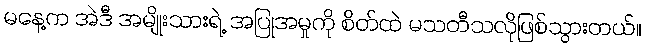
မနေ့က အဲဒီ အမျိုးသားရဲ့ အပြုအမှုကို စိတ်ထဲ မသတီသလိုဖြစ်သွားတယ်။